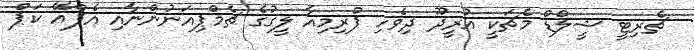
ޗެރިޓީ ޝީލްޑް މެޗަކީ އުރީދޫ ދިވެހި ޕްރިމިއާ ލީގުގެ ޗެމްޕިއަނުންނާއި އެފްއޭ ކަޕް